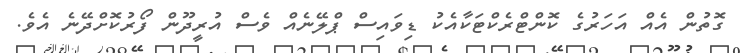
ގޮތުން އެއް އަހަރުގެ ކޮންޓްރެކްޓަކާއެކު ޑިވައިސް ޕްލޭނެއް ވެސް އުރީދޫން ފޯރުކޮށްދޭނެ އެވެ.